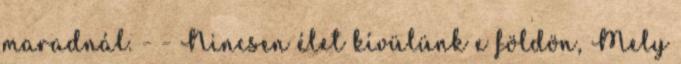
maradnál. - - Nincsen élet kívülünk e földön, Mely